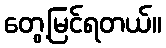
တွေ့မြင်ရတယ်။